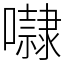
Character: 㘑